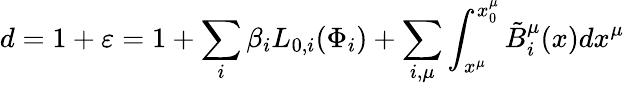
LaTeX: d=1+\varepsilon=1+\sum_{i}{\beta_{i}L_{0,i}(\Phi_{i})}+\sum_{i,\mu}{\int_{x^{\mu}}^{x_{0}^{\mu}}{\tilde{B}_{i}^{\mu}(x)dx^{\mu}}}